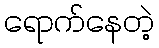
ရောက်နေတဲ့